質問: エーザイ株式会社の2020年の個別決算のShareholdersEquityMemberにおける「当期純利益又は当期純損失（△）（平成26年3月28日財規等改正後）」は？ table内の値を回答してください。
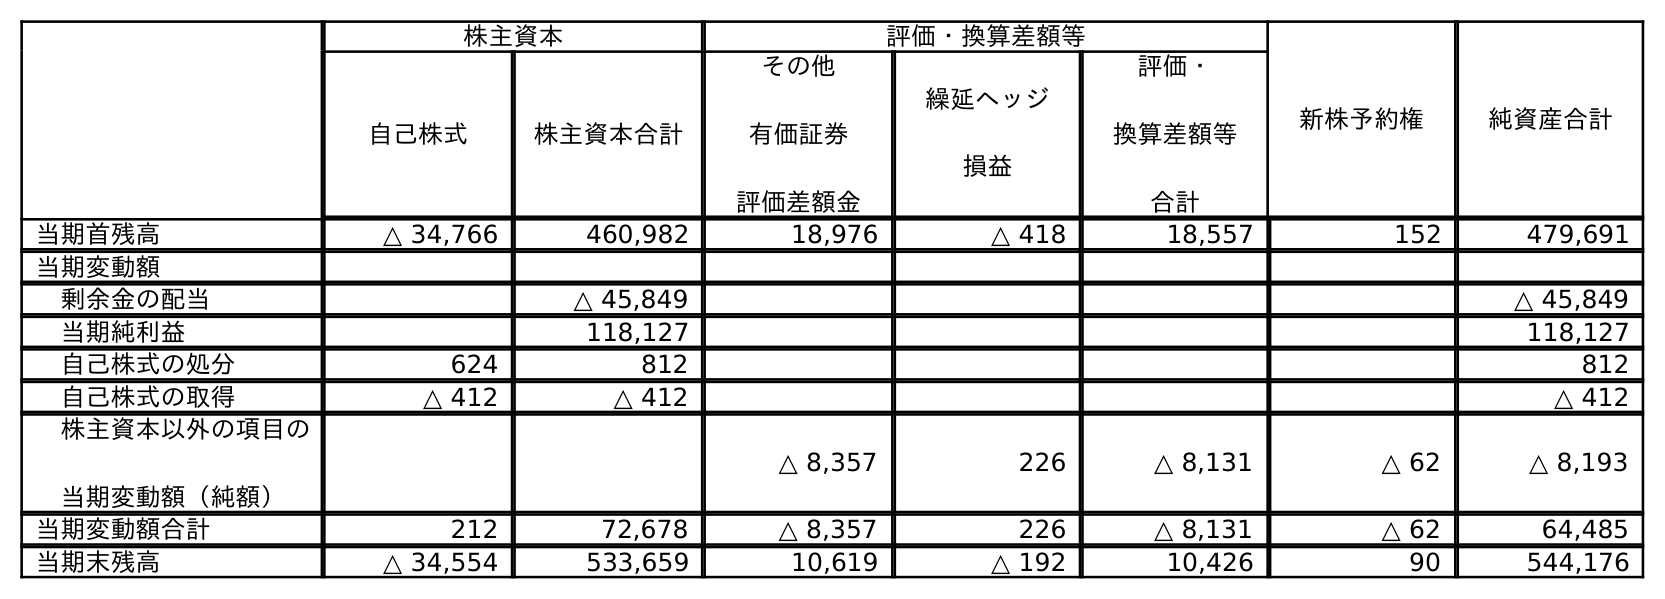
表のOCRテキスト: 株主資本 評価・換算差額等 新株予約権 純資産合計 自己株式 株主資本合計 その他 有価証券 評価差額金 繰延ヘッジ 損益 評価・ 換算差額等 合計 当期首残高 △ 34,766 460,982 18,976 △ 418 18,557 152 479,691 当期変動額 剰余金の配当 △ 45,849 △ 45,849 当期純利益 118,127 118,127 自己株式の処分 624 812 812 自己株式の取得 △ 412 △ 412 △ 412 株主資本以外の項目の 当期変動額（純額） △ 8,357 226 △ 8,131 △ 62 △ 8,193 当期変動額合計 212 72,678 △ 8,357 226 △ 8,131 △ 62 64,485 当期末残高 △ 34,554 533,659 10,619 △ 192 10,426 90 544,176
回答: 118,127